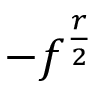
- f ^ { \frac { r } { 2 } }